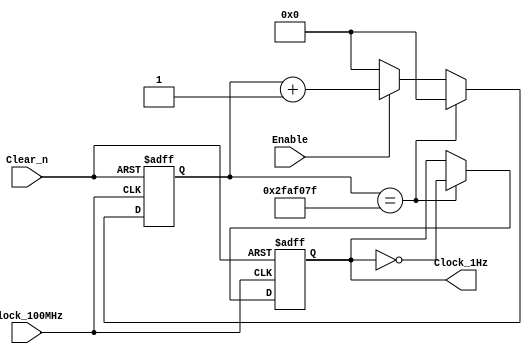
`timescale 1ns/1ns

//////////////////////////////////////////////////////////////////////////////////
// Company:  RUAS
// 
// Design Name: 
// Module Name: clock_divider_100MHz_to_1Hz
// Project Name: 
// Target Devices: Device Independent 
// Tool Versions: 
// Description: 
// 
// Dependencies: None
// 
// Revision:
// Revision 0.01 - File Created
// Additional Comments:
// 
//////////////////////////////////////////////////////////////////////////////////

module clock_divider_100MHz_to_1Hz(
          output reg Clock_1Hz,    
          input  Enable, Clock_100MHz, Clear_n);
     
// Generate a clock of period one second
  // 1s clock = 0.5s on + 0.5s off
  // 10 ns(100 MHz) = 1; 0.5s = x; x = 5,00,00,000
  //4,99,99,999 = 10_1111_1010_1111_0000_0111_1111b  

    reg [25:0] count_50000000;   
            
    always@(posedge Clock_100MHz, negedge Clear_n)
      if(!Clear_n)
        begin
          count_50000000 <= 0;
          Clock_1Hz <= 0;
        end         
      else if(count_50000000 == 49999999)
         begin
          count_50000000 <= 0;
          Clock_1Hz <= ~Clock_1Hz;                                
         end           
      else if(Enable)
         count_50000000 <= count_50000000 + 1; 
      else
         count_50000000 <= 0; 
              
endmodule